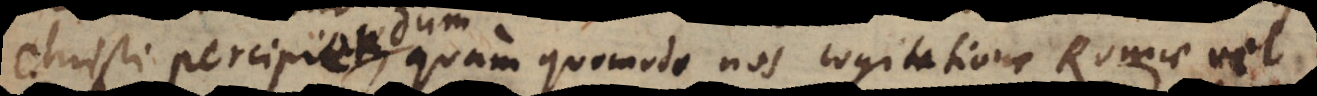
Christi percipiendum, quam quomodo nos cogitatione Romae vel